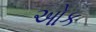
ઓક